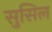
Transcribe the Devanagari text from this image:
सुसिल